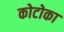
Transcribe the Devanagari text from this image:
कोटोका